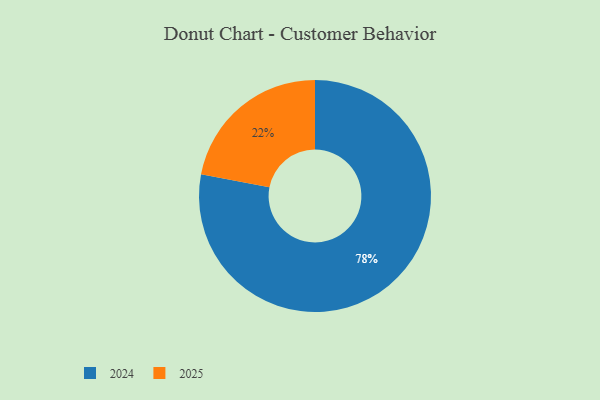
{"axis": {"x": "Category", "y": "Percentage"}, "legend": ["2024", "2025"], "data": [{"x": "2025", "y": 22, "type": "2025"}, {"x": "2024", "y": 78, "type": "2024"}]}